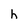
Character: h